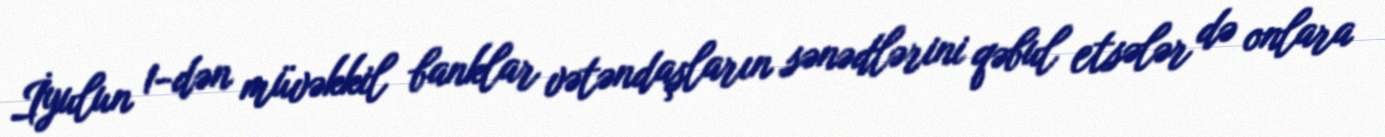
İyulun 1-dən müvəkkil banklar vətəndaşların sənədlərini qəbul etsələr də onlara